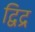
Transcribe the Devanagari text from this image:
द्विद्र